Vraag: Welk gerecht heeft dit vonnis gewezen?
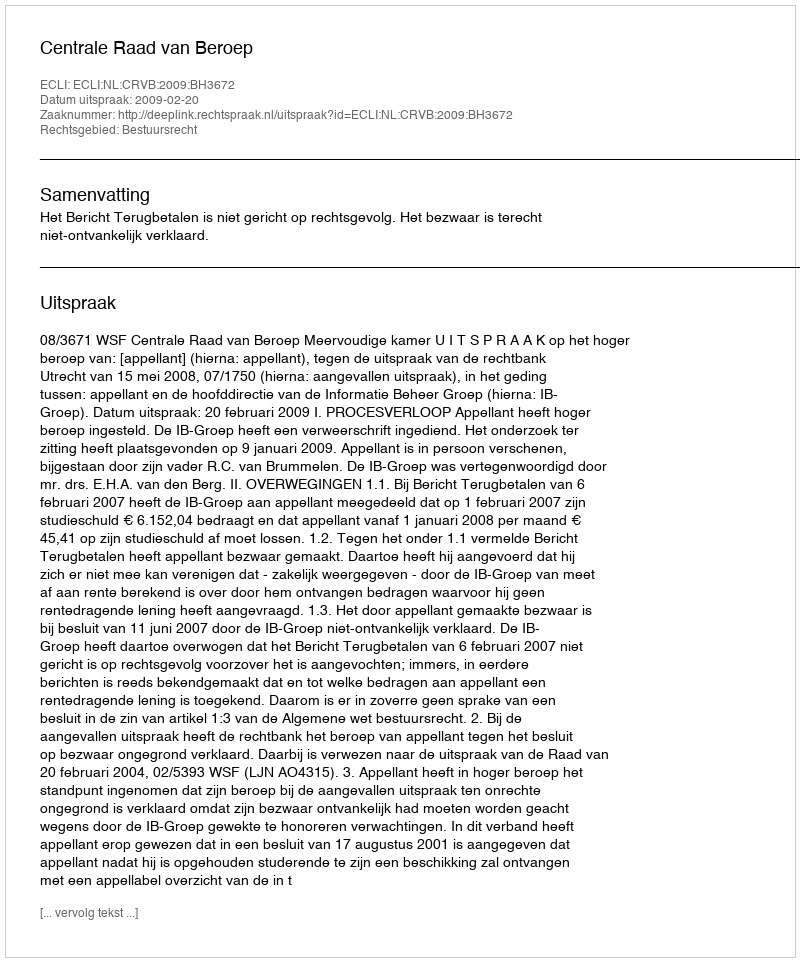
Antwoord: Centrale Raad van Beroep